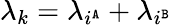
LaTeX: \lambda_{k}=\lambda_{i^{\tt A}}+\lambda_{i^{\tt B}}